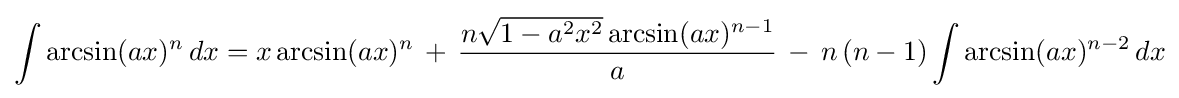
\int \arcsin(ax)^{n}\,dx=x\arcsin(ax)^{n}\,+\,{\frac {n{\sqrt {1-a^{2}x^{2}}}\arcsin(ax)^{n-1}}{a}}\,-\,n\,(n-1)\int \arcsin(ax)^{n-2}\,dx